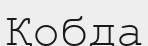
Қобда